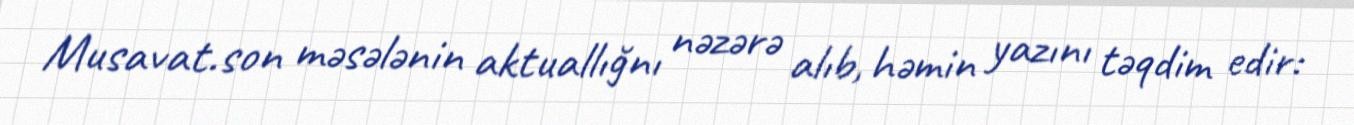
Musavat.son məsələnin aktuallığnı nəzərə alıb, həmin yazını təqdim edir: